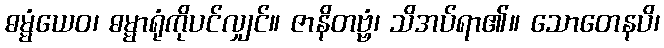
ဓမ္မံယေဝ၊ ဓမ္မာရုံကိုပင်လျှင်။ ဇာနိတဗ္ဗံ၊ သိအပ်ရာ၏။ သောတေနပိ၊